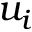
u _ { i }